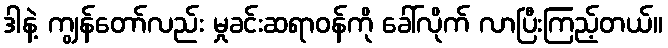
ဒါနဲ့ ကျွန်တော်လည်း မှုခင်းဆရာဝန်ကို ခေါ်လိုက် လာပြီးကြည့်တယ်။